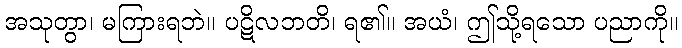
အသုတွာ၊ မကြားရဘဲ။ ပဋိလဘတိ၊ ရ၏။ အယံ၊ ဤသို့ရသော ပညာကို။